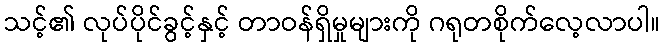
သင့်၏ လုပ်ပိုင်ခွင့်နှင့် တာဝန်ရှိမှုများကို ဂရုတစိုက်လေ့လာပါ။